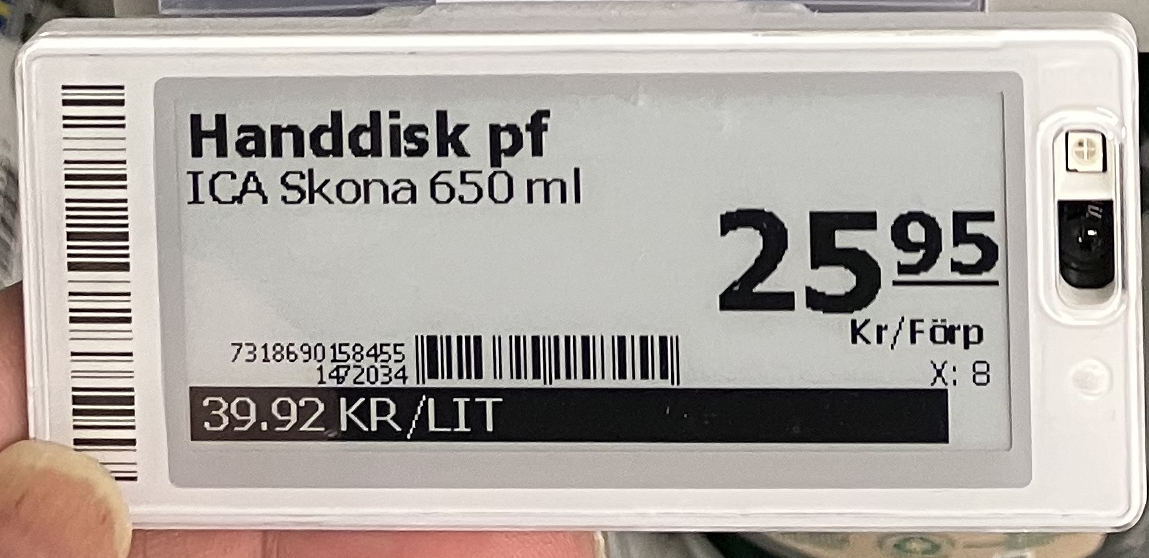
Vara: Handdisk pf
Genomsnittspris: 39.92 per L